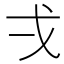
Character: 𭟮